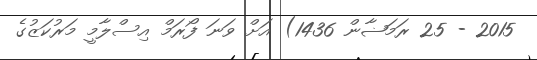
2015 - 25 ރަމަޟާން 1436) އަށް ވަނަ ފޯރަމް އިސްލާމީ މަރުކަޒުގެ